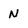
Character: N